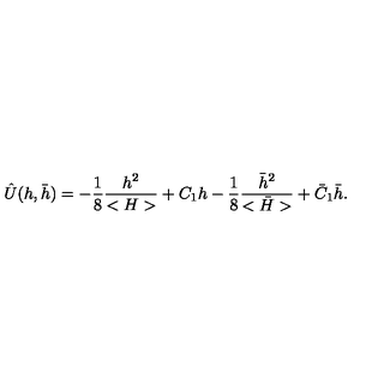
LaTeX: \hat { U } ( h , \bar { h } ) = - { \frac { 1 } { 8 } } { \frac { h ^ { 2 } } { < H > } } + C _ { 1 } h - { \frac { 1 } { 8 } } { \frac { \bar { h } ^ { 2 } } { < \bar { H } > } } + \bar { C } _ { 1 } \bar { h } .